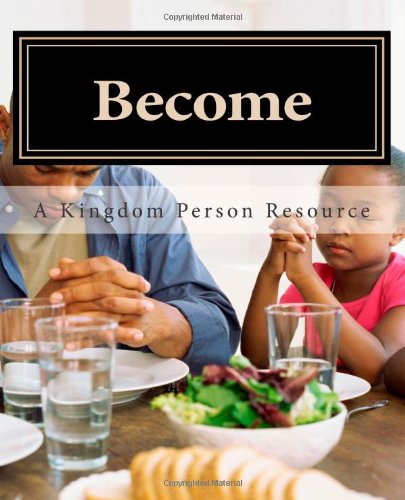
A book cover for Become: A Kingdom Person Resource; Groups, and Discipling Team, The Florida Baptist Convention Sunday School; Christian Books & Bibles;